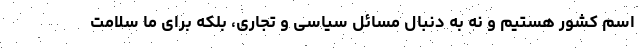
اسم کشور هستیم و نه به دنبال مسائل سیاسی و تجاری، بلکه برای ما سلامت